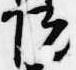
院